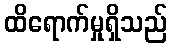
ထိရောက်မှုရှိသည်